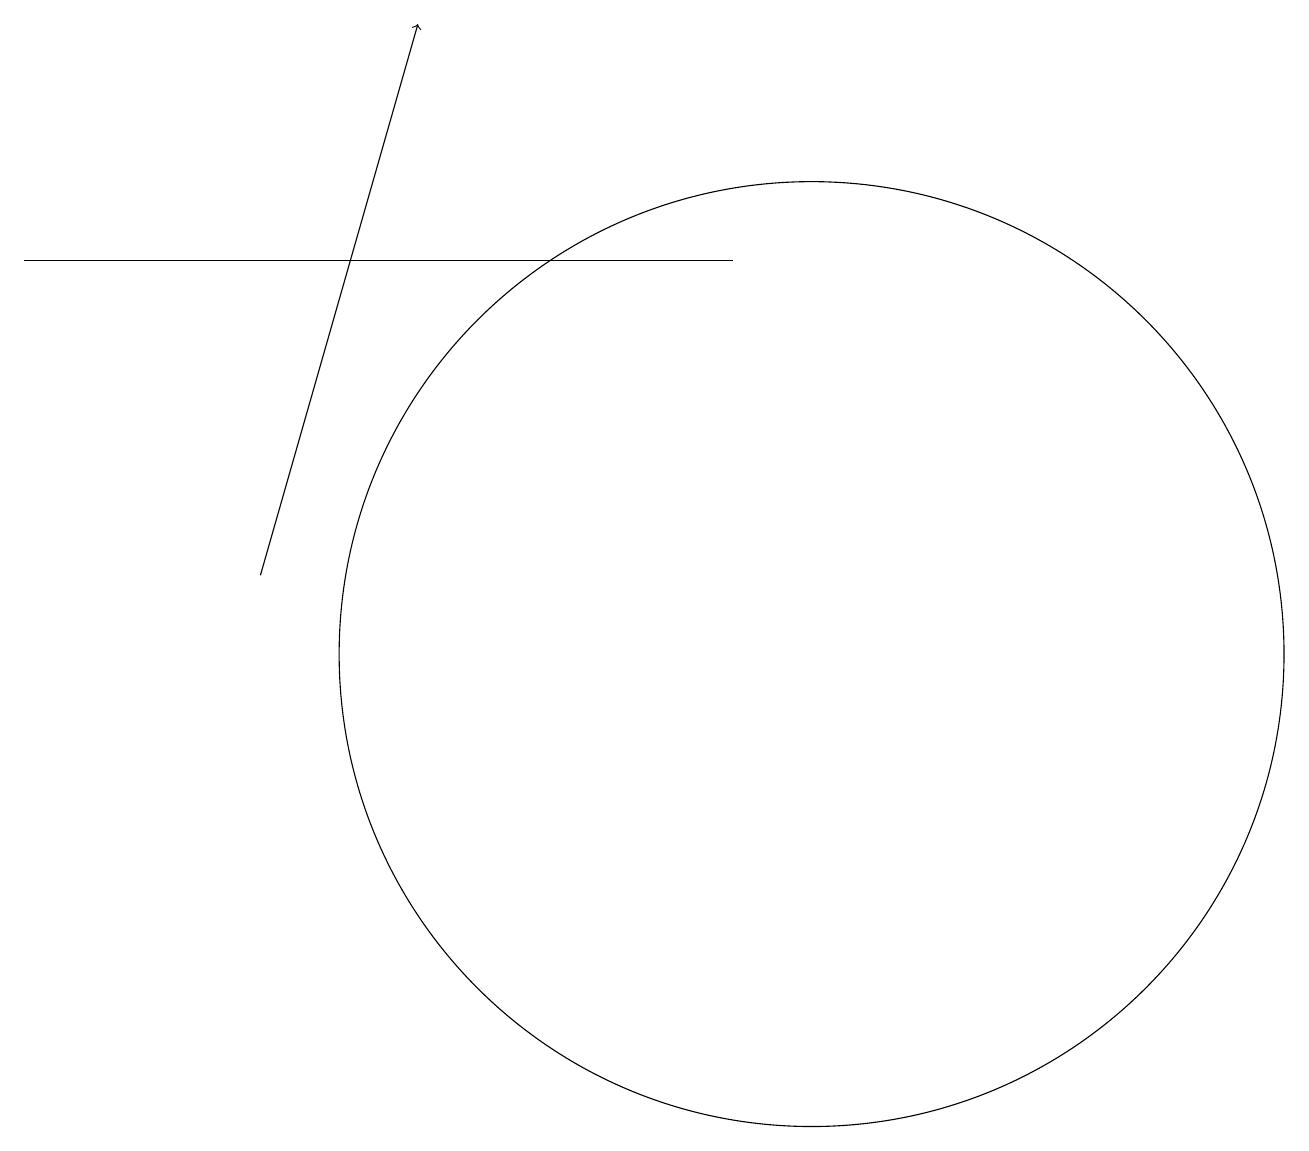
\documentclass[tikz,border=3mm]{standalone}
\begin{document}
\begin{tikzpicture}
\draw (10,11) circle (6);
\draw[->] (3,12) -- (5,19);
\draw (9,16) rectangle (0,16);
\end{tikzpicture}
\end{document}